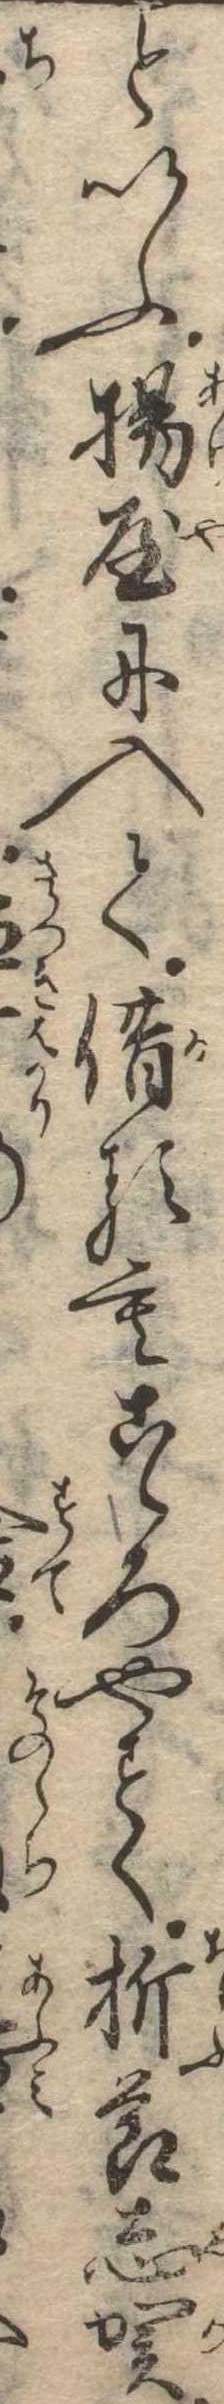
といふ揚屋に入て借るもこゝろやすく折節志賀